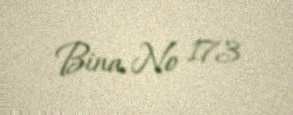
Bina № 173